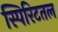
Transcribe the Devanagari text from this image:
स्पिरिटतल